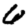
Digit: 6